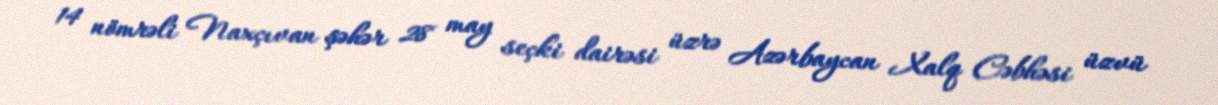
14 nömrəli Naxçıvan şəhər 28 may seçki dairəsi üzrə Azərbaycan Xalq Cəbhəsi üzvü